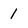
Character: 1